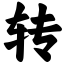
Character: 转